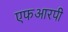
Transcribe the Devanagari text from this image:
एफआरपी